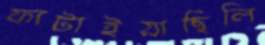
ফাটাইয়াছিলি